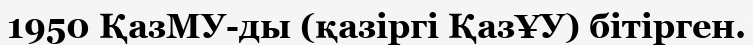
1950 ҚазМУ-ды (қазіргі ҚазҰУ) бітірген.